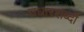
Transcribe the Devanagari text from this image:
उधारशब्दों